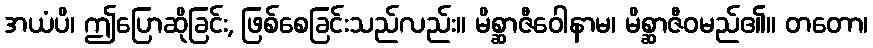
အယံပိ၊ ဤပြောဆိုခြင်း, ဖြစ်စေခြင်းသည်လည်း။ မိစ္ဆာဇီဝေါနာမ၊ မိစ္ဆာဇီဝမည်၏။ တတော၊